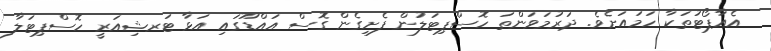
އެއާޕޯޓުތަކާ ހަމައަށެވެ. ދަރުމަވަންތަ ހޮސްޕިޓަލުން ފެށިގެން ގޮސް އައްޑޫގައި އަޅާ ޓަރޝިއަރީ ހޮސްޕިޓަލާ